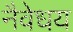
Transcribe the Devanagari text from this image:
नैवेधय